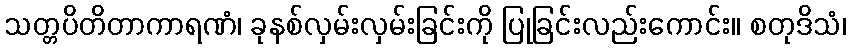
သတ္တပိတိတာကာရဏံ၊ ခုနစ်လှမ်းလှမ်းခြင်းကို ပြုခြင်းလည်းကောင်း။ စတုဒိသံ၊